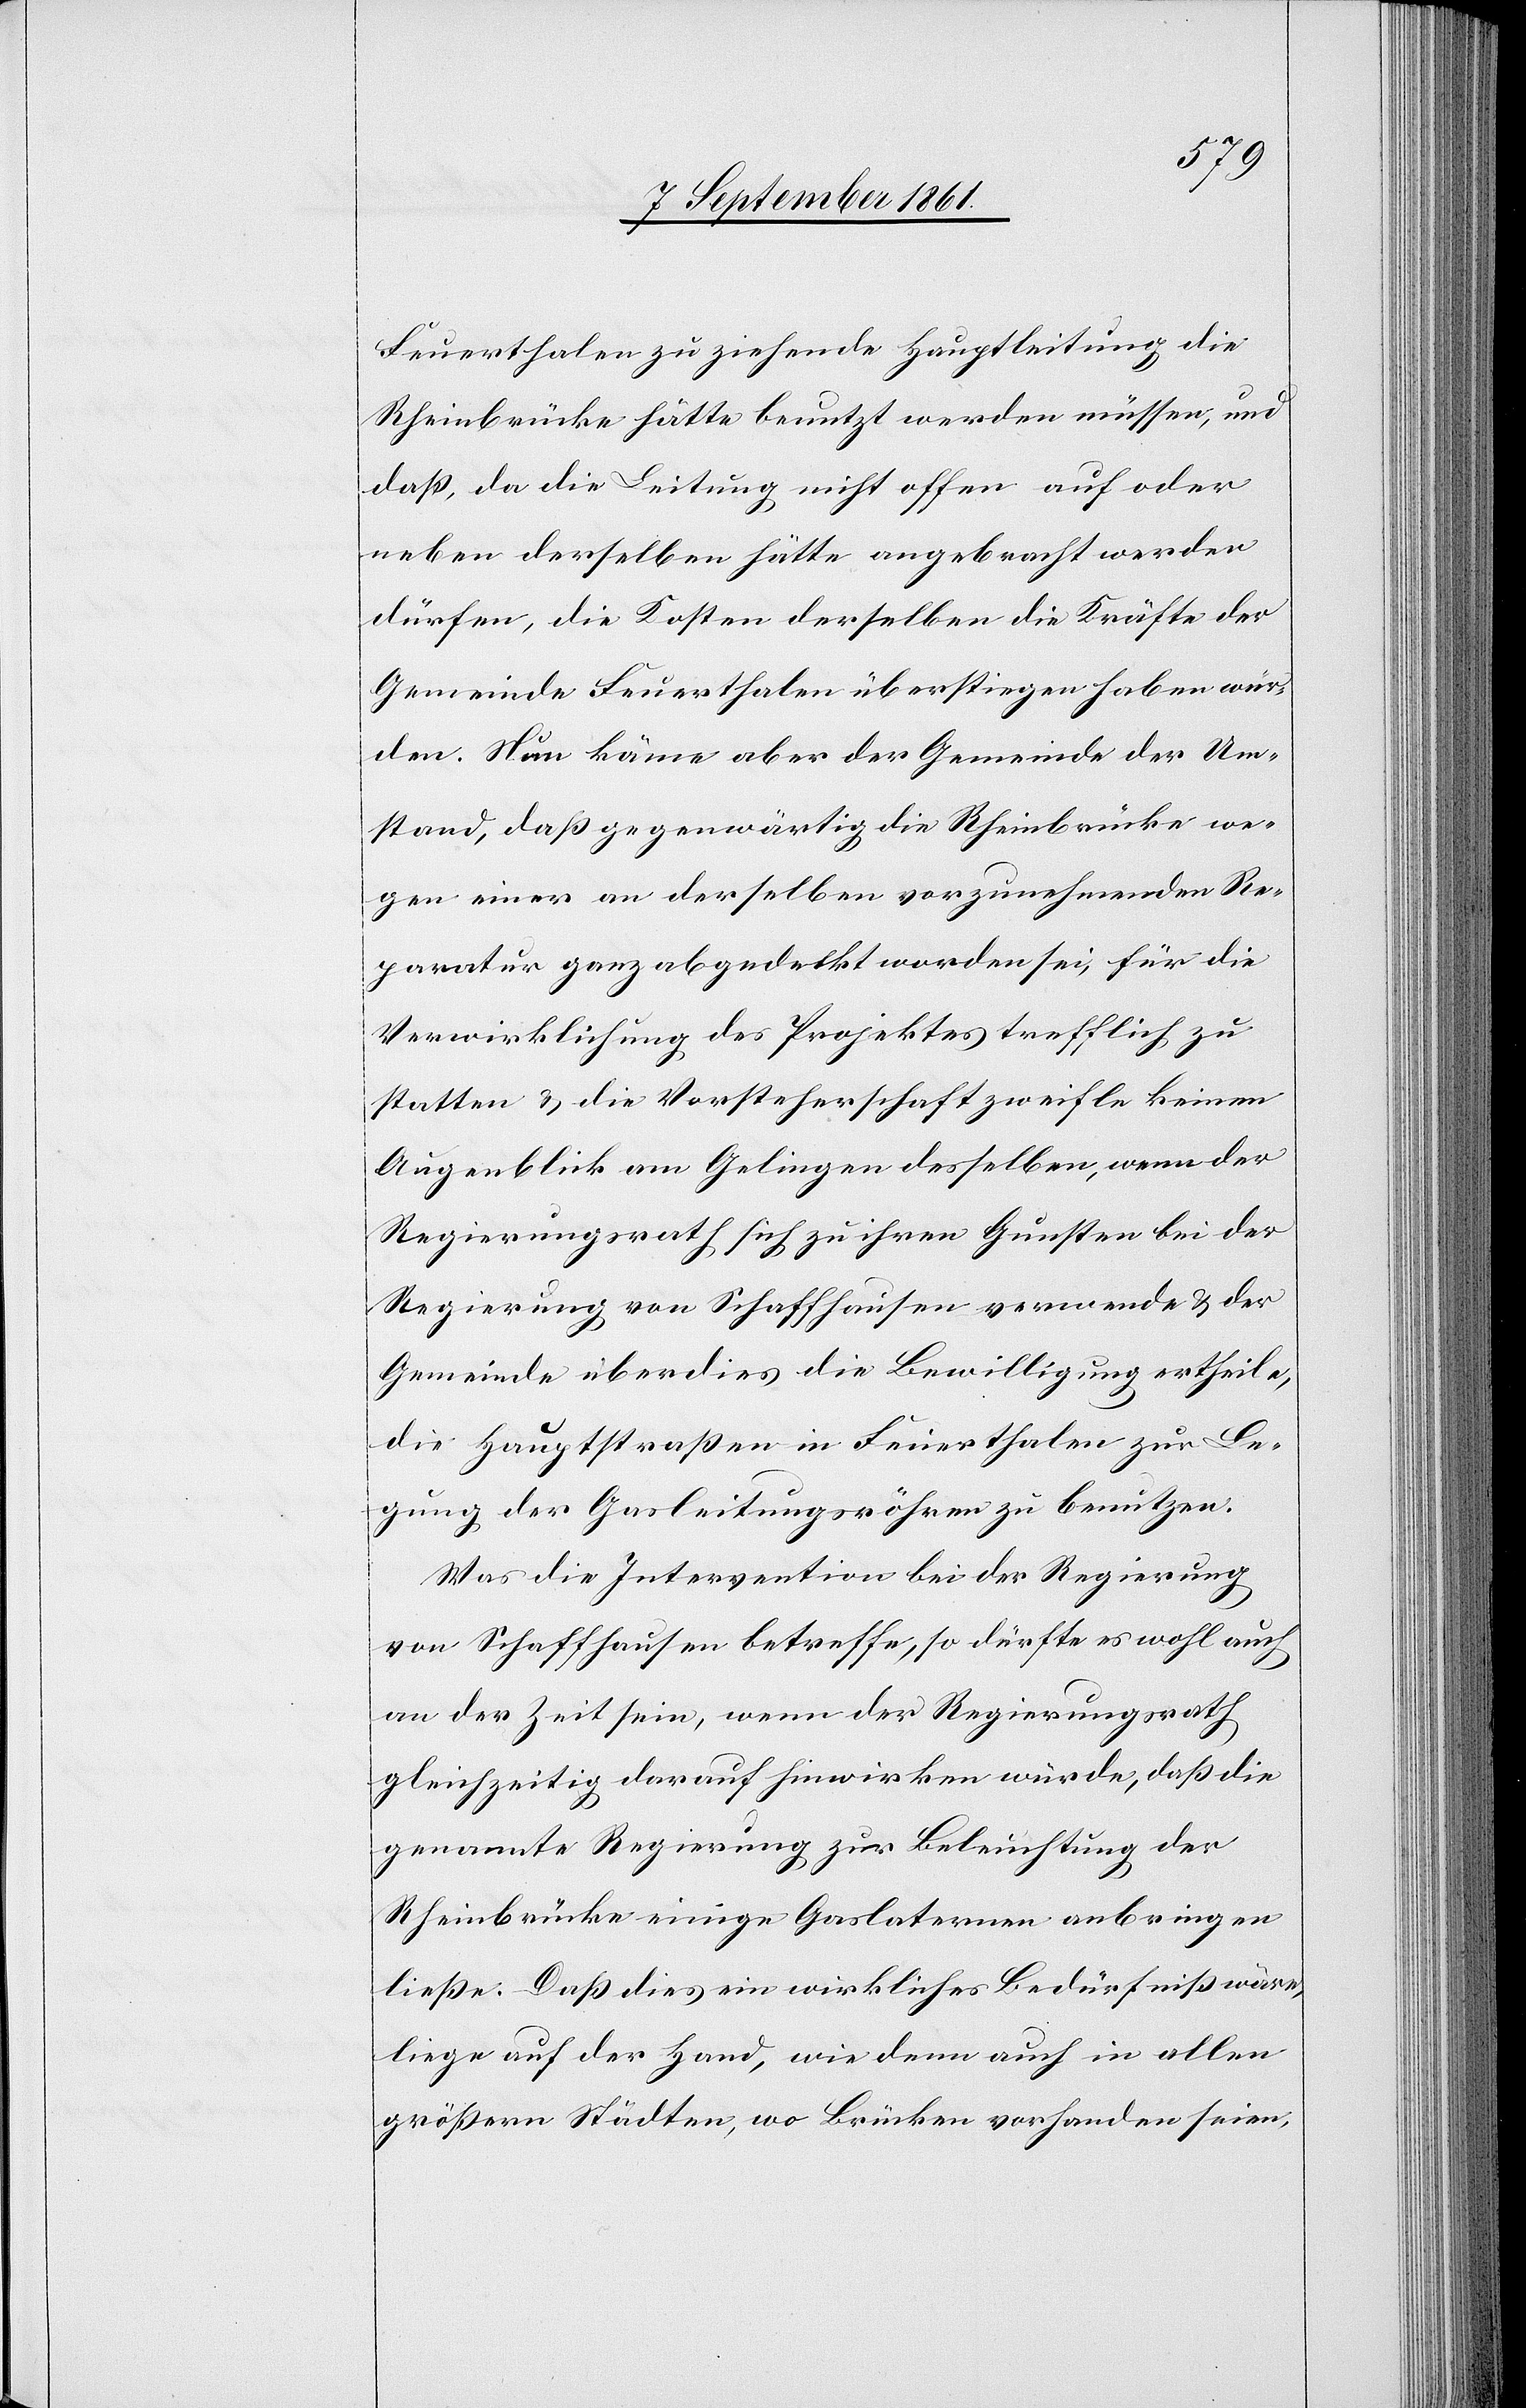
Feuerthalen zu ziehende Hauptleitung die
Rheinbrücke hätte benutzt werden müssen, und
daß, da die Leitung nicht offen auf oder
neben derselben hätte angebracht werden
dürfen, die Kosten derselben die Kräfte der
Gemeinde Feuerthalen überstiegen haben wür¬
den. Nun käme aber der Gemeinde der Um¬
stand, daß gegenwärtig die Rheinbrücke we¬
gen einer an derselben vorzunehmenden Re¬
paratur ganz abgedeckt worden sei, für die
Verwirklichung des Projektes trefflich zu
statten u. die Vorsteherschaft zweifle keinen
Augenblick am Gelingen desselben, wenn der
Regierungsrath sich zu ihren Gunsten bei der
Regierung von Schaffhausen verwende u. der
Gemeinde überdies die Bewilligung ertheile,
die Hauptstraßen in Feuerthalen zur Le¬
gung der Gasleitungsröhren zu benutzen.
Was die Intervention bei der Regierung
von Schaffhausen betreffe, so dürfte es wohl auch
an der Zeit sein, wenn der Regierungsrath
gleichzeitig darauf hinwirken würde, daß die
genannte Regierung zur Beleuchtung der
Rheinbrücke einige Gaslaternen anbringen
ließe: Daß dies ein wirkliches Bedürfniß wäre,
liege auf der Hand, wie denn auch in allen
größern Städten, wo Brücken vorhanden seien,